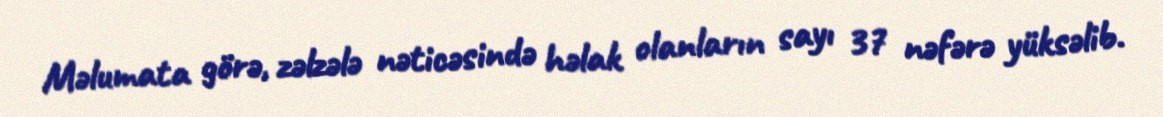
Məlumata görə, zəlzələ nəticəsində həlak olanların sayı 37 nəfərə yüksəlib.